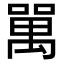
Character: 𠾧